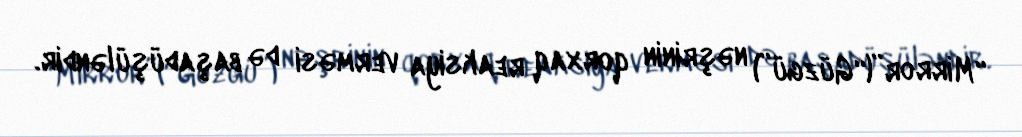
“Mirror”(“Güzgü”) nəşrinin qorxaq reaksiya verməsi də başadüşüləndir.